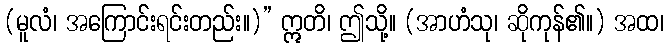
(မူလံ၊ အကြောင်းရင်းတည်း။)” ဣတိ၊ ဤသို့။ (အာဟံသု၊ ဆိုကုန်၏။) အထ၊